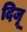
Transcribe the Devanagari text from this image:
दिजू